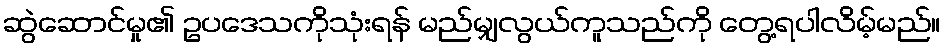
ဆွဲဆောင်မှု၏ ဥပဒေသကိုသုံးရန် မည်မျှလွယ်ကူသည်ကို တွေ့ရပါလိမ့်မည်။